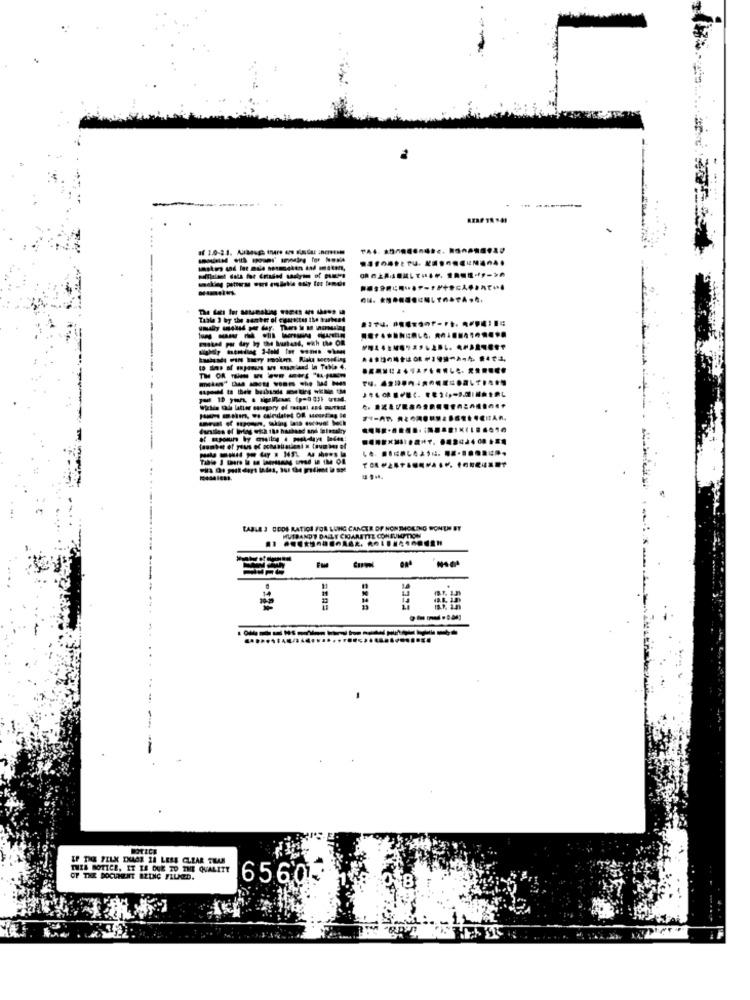
------
------
eskad por day by the hutand, with the Om
---------
.................
--------
CABLE 3 CODE RATIOI FOR LUNG CANCER OF NONTHOKING WONUH BY
HUSBANDT DALLE CIGARETTE CONSUMPTION
55
NOTICE
EP THE FELK INAGE 21 LESS CLEAR TEAM
THIS NOTICE, IT IS DUE TO THE QUALITY
OF THE DOCUMENT BRING FLUMED.
6560-